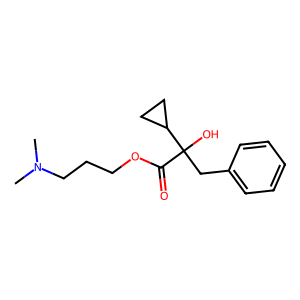
SMILES: CN(C)CCCOC(=O)C(O)(Cc1ccccc1)C1CC1
Inhibits HIV replication: No